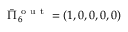
\bar { \Pi } _ { 6 } ^ { \mathrm { ~ o ~ u ~ t ~ } } = ( 1 , 0 , 0 , 0 , 0 )